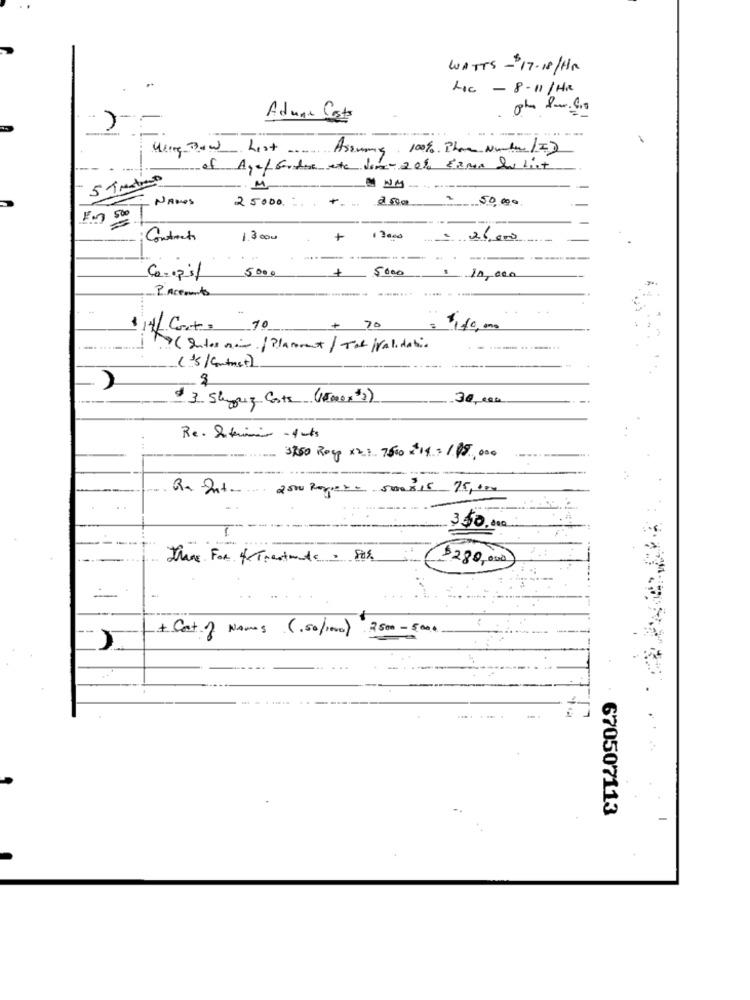
WATTS-17-18/Hr
Hoc - 8-11/HR
Adana Costs
Wlong Bow List Assume: 100%. There Nucle (I)
of Age/ fondos etc done-20%, Erms In List
NAMOS
25000 .... .... 200 2
50,000
Contract
1.3 0ou
130.00 = 26,000
......
5000
Co=op if
5000 $ 10,000
PAccounts
14/ Cont : 10
70
$110,00
( Inter min. / Placement / Tat /Validation
(15/cutmet)
$3 Shipping Costs (15mex $)
Re. Sfemini - 1 mts
- 3750 Ross x2.3. 750 =14 = 1.85,000
Re Int. 2500 Ropero 500815 75,000
350.000
There For 4 Trestate = 802.
$280,000)
2 .1
+ Cat of Names (.50/100)
2500-5000
......
670507113
-